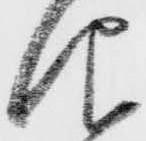
仰